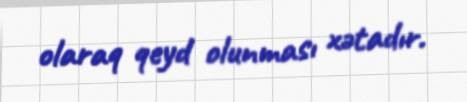
olaraq qeyd olunması xətadır.